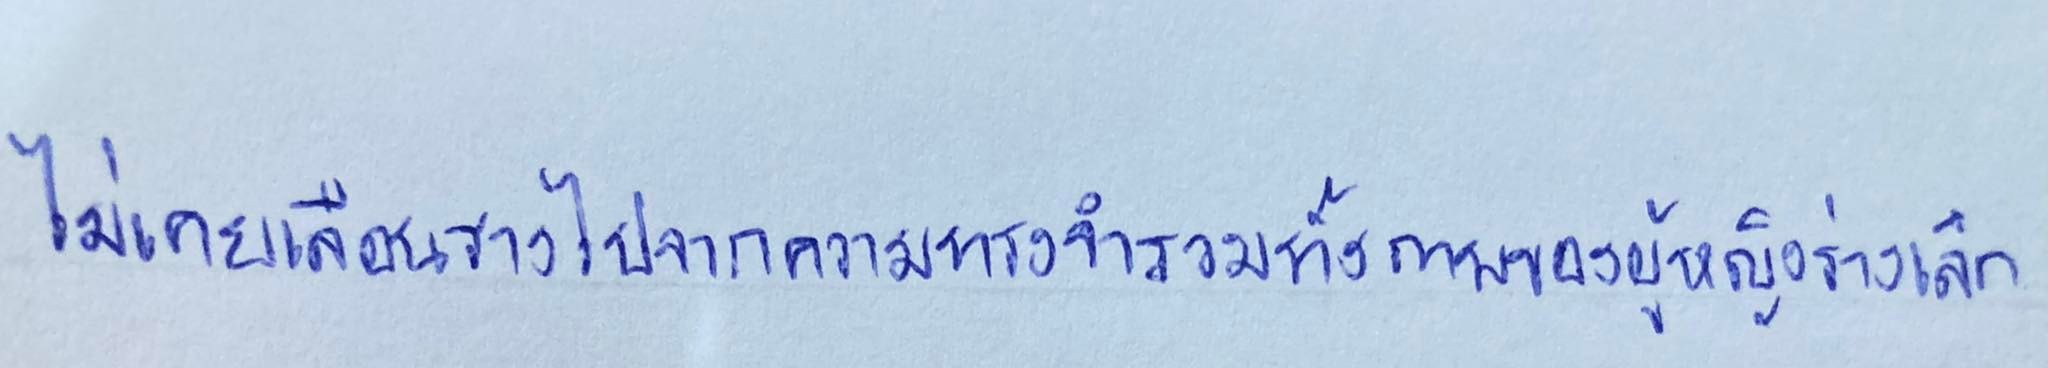
ไม่เคยเลือนรางไปจากความทรงจำรวมทั้งภาพของผู้หญิงร่างเล็ก